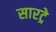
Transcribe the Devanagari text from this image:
सारट्रे